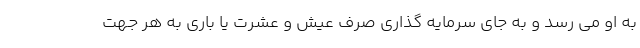
به او می رسد و به جای سرمایه گذاری صرف عیش و عشرت یا باری به هر جهت